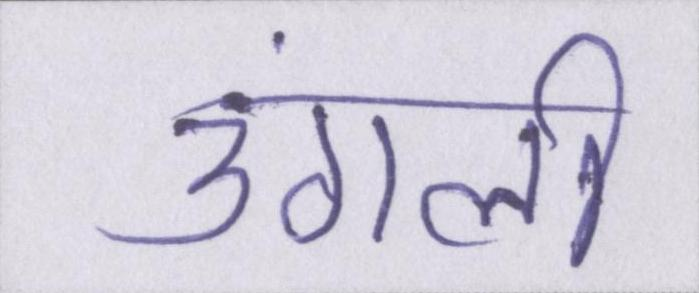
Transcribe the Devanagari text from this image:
उंगली